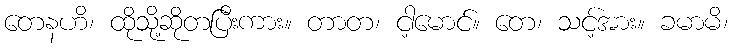
တေနဟိ၊ ထိုသို့ဆိုတပြီးကား။ တာတ၊ ငါ့မောင်။ တေ၊ သင့်အား။ ခမာမိ၊